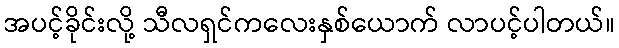
အပင့်ခိုင်းလို့ သီလရှင်ကလေးနှစ်ယောက် လာပင့်ပါတယ်။